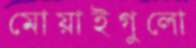
মোয়াইগুলো